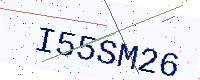
Text: I55SM26